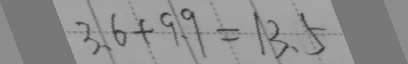
3 . 6 + 9 . 9 = 1 3 . 5